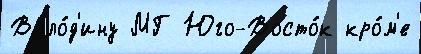
Воло́д'ину МГ Юго-Восто́к кро́м'е